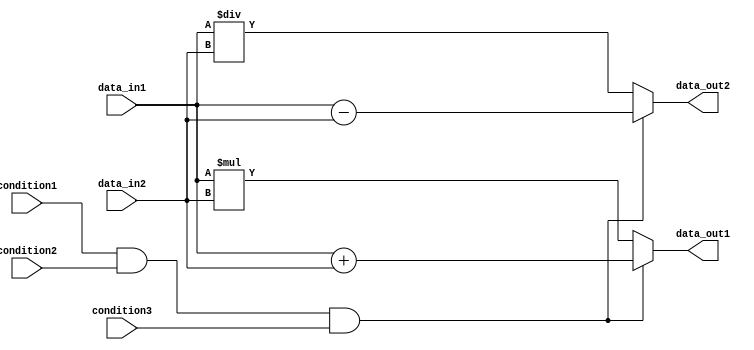
module behavioral_modeling_block(input condition1, input condition2, input condition3,
                                  input data_in1, input data_in2,
                                  output reg data_out1, data_out2);

always @ (*)
begin
    if (condition1 && condition2 && condition3) begin
        // perform operations when all conditions are true
        data_out1 = data_in1 + data_in2;
        data_out2 = data_in1 - data_in2;
    end
    else begin
        // perform operations when any condition is false
        data_out1 = data_in1 * data_in2;
        data_out2 = data_in1 / data_in2;
    end
end

endmodule